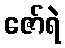
ဇော်ရဲ